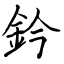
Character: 鈐